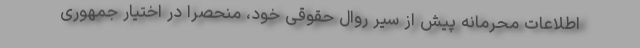
اطلاعات محرمانه پیش از سیر روال حقوقی خود، منحصراً در اختیار جمهوری